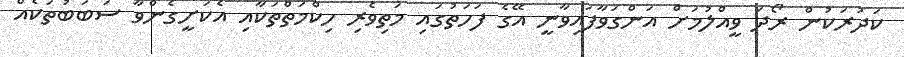
ކަދުރަކުން ރޯދަ ވީއްލުމަށް އަންގަވާފައިވާނީ އޭގެ ފަހަތުގައި މަތިވެރި ހިކްމަތްތަކާއި އެކަށީގެންވާ ސަބަބުތަކެއް